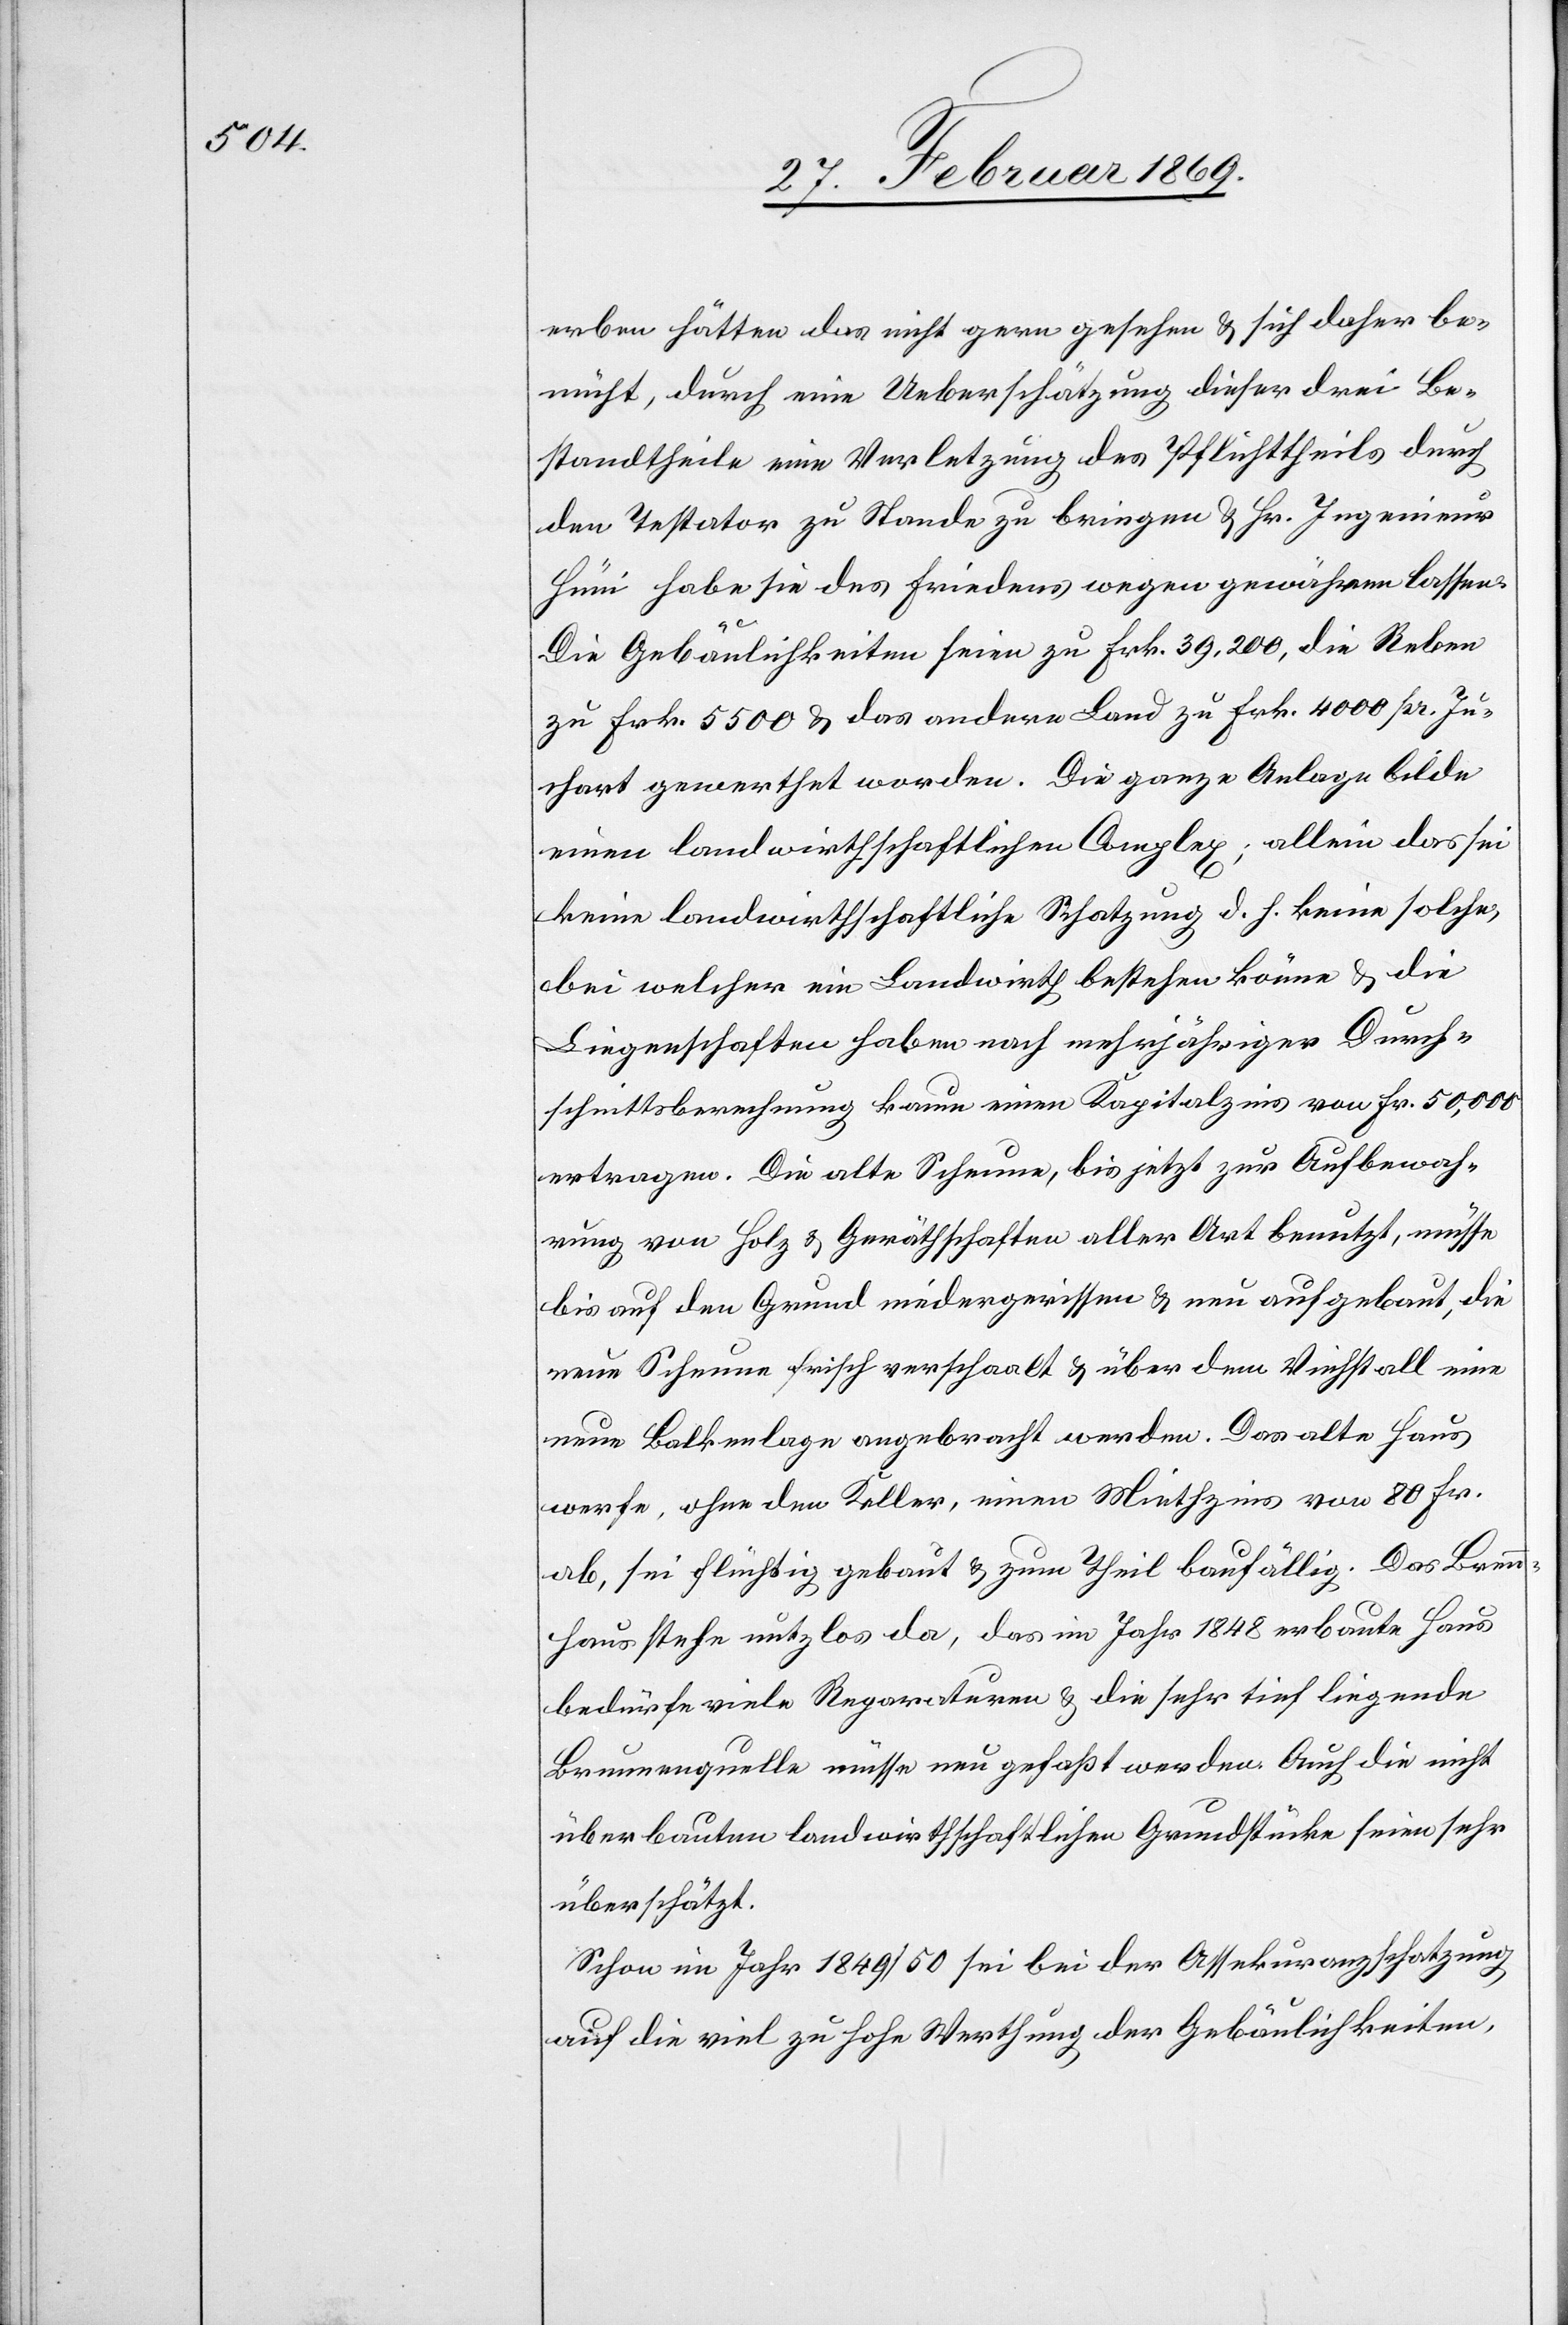
erben hätten das nicht gern gesehen & sich daher be¬
müht, durch eine Ueberschätzung dieser drei Be¬
standtheile eine Verletzung des Pflichttheils durch
den Testator zu Stande zu bringen & Hr. Ingenieur
Hüni habe sie des Friedens wegen gewähren lassen.
Die Gebäulichkeiten seien zu Frk. 39,200, die Reben
zu Frk. 5500 & das andere Land zu Frk. 4000 pr. Ju¬
chart gewerthet worden. Die ganze Anlage bilde
einen landwirthschaftlichen Complex; allein das sei
keine landwirthschaftliche Schatzung d. h. keine solche,
bei welcher ein Landwirth bestehen könne & die
Liegenschaften haben nach mehrjähriger Durch¬
schnittsberechnung kaum einen Kapitalzins von Fr. 50,000
ertragen. Die alte Scheune, bis jetzt zur Aufbewah¬
rung von Holz & Geräthschaften aller Art benutzt, müsse
bis auf den Grund niedergerissen & neu aufgebaut, die
neue Scheune frisch verschaalt & über dem Viehstall eine
neue Balkenlage angebracht werden. Das alte Haus
werfe, ohne den Keller, einen Miethzins von 80 Fr.
ab, sei flüchtig gebaut & zum Theil baufällig. Das Brenn¬
haus stehe nutzlos da, das im Jahr 1848 erbaute Haus
bedürfe viele [sic!] Reparaturen & die sehr tief liegende
Brunnenquelle müsse neu gefaßt werden. Auch die nicht
überbauten landwirthschaftlichen Grundstücke seien sehr
überschätzt.
Schon im Jahr 1849/50 sei bei der Assekuranzschatzung
auf die viel zu hohe Werthung der Gebäulichkeiten,